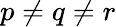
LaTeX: p\neq q\neq r